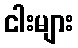
ငါးများ